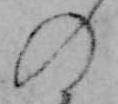
の